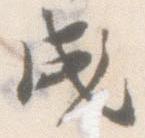
成